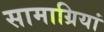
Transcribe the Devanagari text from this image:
सामाग्रियां